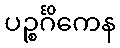
ပဉ္စင်္ဂိကေန